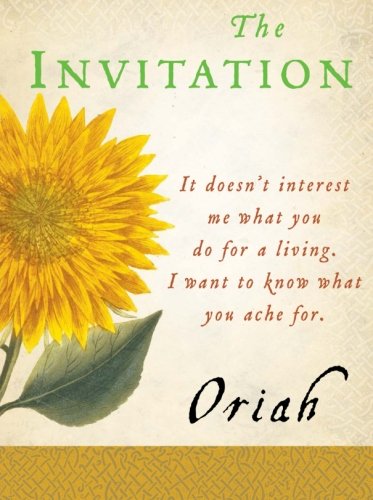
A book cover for The Invitation (Plus); Oriah; Literature & Fiction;